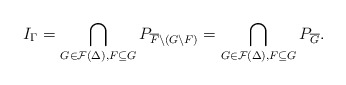
\begin{align*}I_{\Gamma}=\bigcap_{G\in \mathcal{F}(\Delta),F\subseteq G} P_{\overline {F}\setminus (G\setminus F)}=\bigcap_{G\in \mathcal{F}(\Delta),F\subseteq G} P_{\overline{G}}.\end{align*}